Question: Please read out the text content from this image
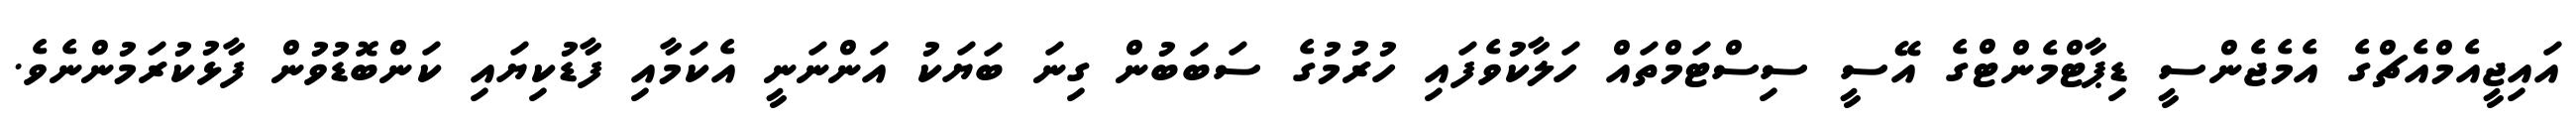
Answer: އައިޖީއެމްއެޗްގެ އެމެޖެންސީ ޑިޕާޓްމެންޓްގެ އޭސީ ސިސްޓަމްތައް ހަލާކުވެފައި ހުރުމުގެ ސަބަބުން ގިނަ ބަޔަކު އަންނަނީ އެކަމާއި ފާޑުކިޔައި ކަންބޮޑުވުން ފާޅުކުރަމުންނެވެ.